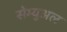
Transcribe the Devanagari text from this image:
सेम्‍युअल